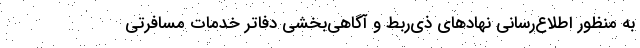
به منظور اطلاع‌رسانی نهادهای ذی‌ربط و آگاهی‌بخشی دفاتر خدمات مسافرتی